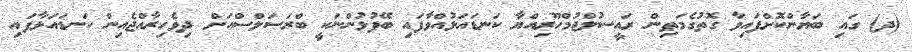
(ދ) ގައި ބަޔާންކޮށްފައިވާ ގޮތުގެމަތިން ރައީސުލްޖުމްހޫރިއްޔާ ކަނޑައަޅުއްވާފައި ބޭފުޅުންނަކީ ބްރަސަލްސްއަށް ދިވެހިރާއްޖެއިން ކަނޑައަޅާފައި